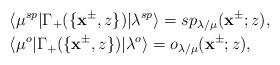
LaTeX: \begin{align*}&\langle \mu^{sp}|\Gamma_+(\{\mathbf{x}^{\pm},z\})|\lambda^{sp}\rangle=sp_{\lambda/\mu}(\mathbf{x}^{\pm};z),\\&\langle \mu^{o}|\Gamma_+(\{\mathbf{x}^{\pm},z\})|\lambda^{o}\rangle=o_{\lambda/\mu}(\mathbf{x}^{\pm};z),\end{align*}